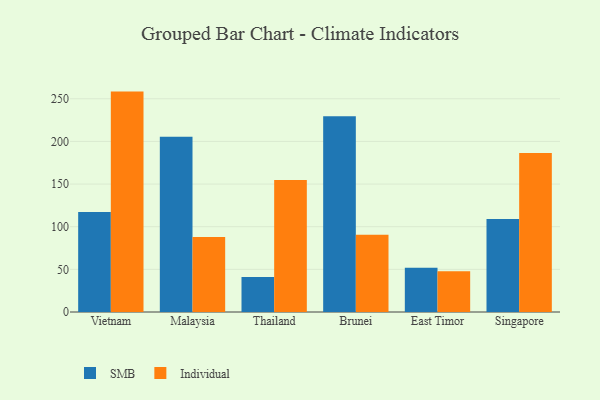
{"axis": {"x": "Country", "y": "LTV (USD)"}, "legend": ["Individual", "SMB"], "data": [{"x": "Vietnam", "y": 117.2, "type": "SMB"}, {"x": "Vietnam", "y": 258.4, "type": "Individual"}, {"x": "Malaysia", "y": 205.6, "type": "SMB"}, {"x": "Malaysia", "y": 88.0, "type": "Individual"}, {"x": "Thailand", "y": 41.1, "type": "SMB"}, {"x": "Thailand", "y": 154.9, "type": "Individual"}, {"x": "Brunei", "y": 229.6, "type": "SMB"}, {"x": "Brunei", "y": 90.5, "type": "Individual"}, {"x": "East Timor", "y": 51.8, "type": "SMB"}, {"x": "East Timor", "y": 47.8, "type": "Individual"}, {"x": "Singapore", "y": 108.9, "type": "SMB"}, {"x": "Singapore", "y": 186.3, "type": "Individual"}]}